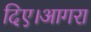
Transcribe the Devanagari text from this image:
दिए।आगरा